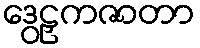
ဒွေဠှကဇာတာ